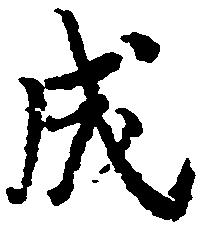
成